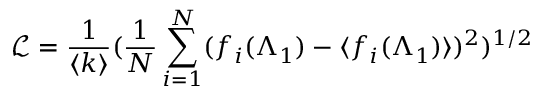
\mathcal { L } = \frac { 1 } { \langle k \rangle } ( \frac { 1 } { N } \sum _ { i = 1 } ^ { N } ( f _ { i } ( \Lambda _ { 1 } ) - \langle f _ { i } ( \Lambda _ { 1 } ) \rangle ) ^ { 2 } ) ^ { 1 / 2 }